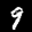
Label: 9